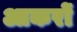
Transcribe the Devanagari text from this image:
आकरों